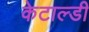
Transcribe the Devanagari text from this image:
केटाल्डी